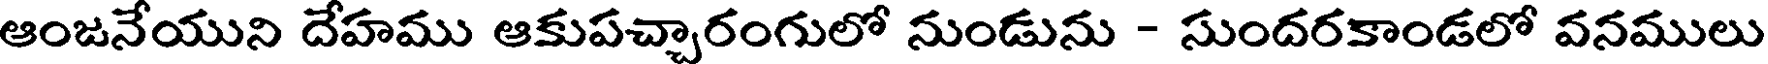
ఆంజనేయుని దేహము ఆకుపచ్చారంగులో నుండును - సుందరకాండలో వనములు